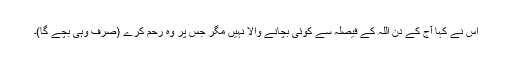
اس نے کہا آج کے دن اللہ کے فیصلہ سے کوئی بچانے والا نہیں مگر جس پر وہ رحم کرے (صرف وہی بچے گا)۔